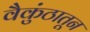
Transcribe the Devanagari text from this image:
वैकुंठातून